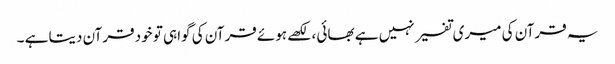
یہ قرآن کی میری تفسیر نہیں ہے بھائی ، لکھے ہوئے قرآن کی گواہی تو خود قرآن دیتا ہے ۔